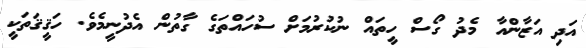
އަދި އަޒާންއާ މެދު ގޯސް ހީތައް ނުކުރުމަށް ސުހައްތަގެ ގާތުން އެދުނީމެވެ. ހަޤީޤަތަކީ